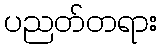
ပညတ်တရား